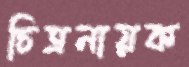
চিত্রনায়ক